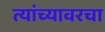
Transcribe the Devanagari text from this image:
त्यांच्यावरचा